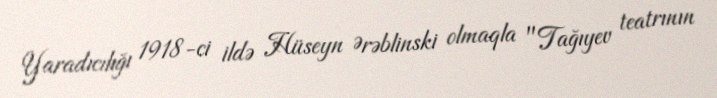
Yaradıcılığı 1918-ci ildə Hüseyn Ərəblinski olmaqla "Tağıyev teatrının